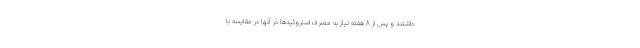
داشتند و پس از 8 هفته نیاز به مصرف استروئیدها در آنها در مقایسه با